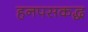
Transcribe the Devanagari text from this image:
हनपसकद्ध